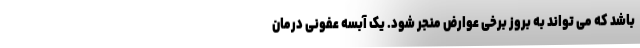
باشد که می تواند به بروز برخی عوارض منجر شود. یک آبسه عفونی درمان